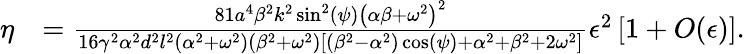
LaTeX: \begin{array}{rl}{\eta}&{=\frac{81a^{4}\beta^{2}k^{2}\sin^{2}(\psi)\left(\alpha\beta+\omega^{2}\right)^{2}}{16\gamma^{2}\alpha^{2}d^{2}l^{2}\left(\alpha^{2}+\omega^{2}\right)\left(\beta^{2}+\omega^{2}\right)\left[\left(\beta^{2}-\alpha^{2}\right)\cos(\psi)+\alpha^{2}+\beta^{2}+2\omega^{2}\right]}\epsilon^{2}\left[1+O(\epsilon)\right].}\end{array}